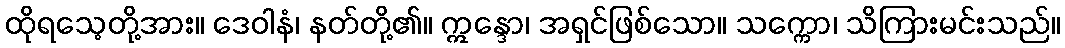
ထိုရသေ့တို့အား။ ဒေဝါနံ၊ နတ်တို့၏။ ဣန္ဒော၊ အရှင်ဖြစ်သော။ သက္ကော၊ သိကြားမင်းသည်။